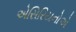
એસિરિયનોએ